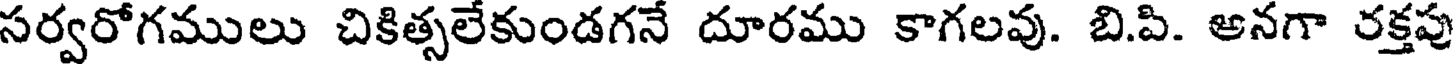
సర్వరోగములు చికిత్సలేకుండగనే దూరము కాగలవు. బి.పి. అనగా రక్తపు